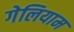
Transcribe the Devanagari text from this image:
गेलियाम